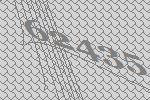
62435